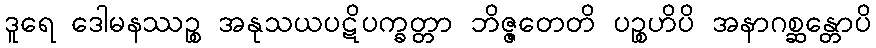
ဒူရေ ဒေါမနဿဉ္စ အနုသယပဋိပက္ခတ္တာ ဘိဇ္ဇတေတိ ပဉ္စဟိပိ အနာဂစ္ဆန္တောပိ